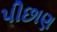
પીછાણ